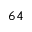
^ Ḋ 6 4 Ḍ